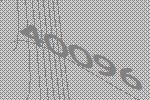
40096